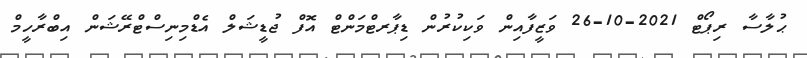
ޙުލާސާ ރިޕޯޓް 2021-10-26 ވަޒީފާއިން ވަކިކުރުން ޑިޕާރޓްމަންޓް އޮފް ޖުޑީޝަލް އެޑްމިނިސްޓްރޭޝަން އިބްރާހީމް